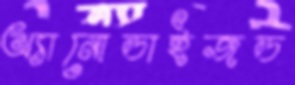
অ্যানোডাইজড